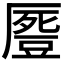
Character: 𠪶